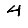
Digit: 4